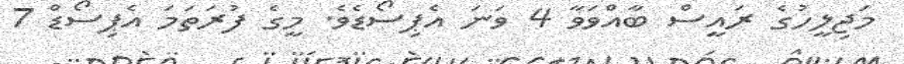
މަޖިލީހުގެ ރައީސް ބާއްވަވާ 4 ވަނަ އެޕިސޯޑެވެ. މީގެ ފުރަތަމަ އެޕިސޯޑް 7